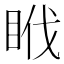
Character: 𥅩